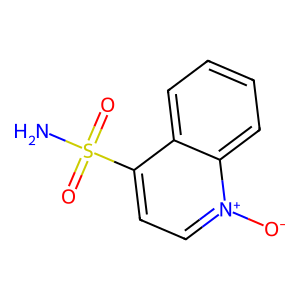
SMILES: NS(=O)(=O)c1cc[n+]([O-])c2ccccc12
Inhibits HIV replication: No